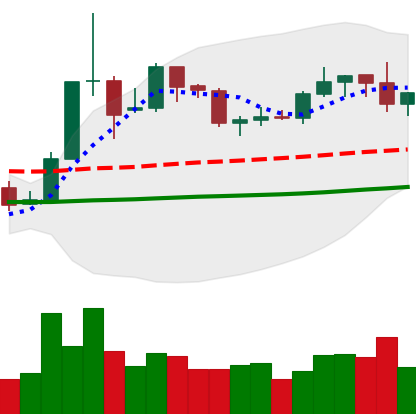
Ticker: XLM-USD
Chart end date: 2019-05-31
Forward return: -9.262%
Label: down_7plus